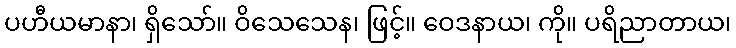
ပဟီယမာနာ၊ ရှိသော်။ ဝိသေသေန၊ ဖြင့်။ ဝေဒနာယ၊ ကို။ ပရိညာတာယ၊